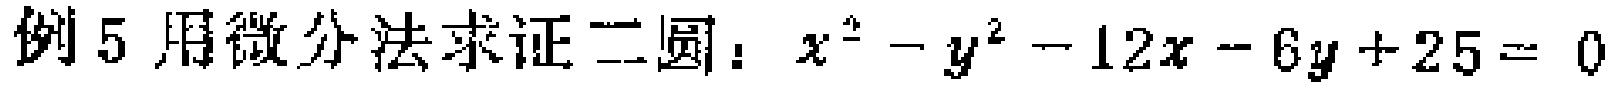
例5 用微分法求证二圆：$x^{2}-y^{2}-12x - 6y + 25 = 0$